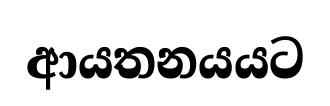
ආයතනයයට